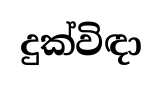
දුක්විඳා